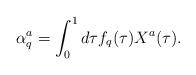
LaTeX: \begin{align*}\alpha^a_q = \int^1_0 d\tau f_q(\tau) X^a(\tau).\end{align*}